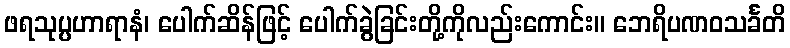
ဖရသုပ္ပဟာရာနံ၊ ပေါက်ဆိန်ဖြင့် ပေါက်ခွဲခြင်းတို့ကိုလည်းကောင်း။ ဘေရိပဏဝသင်္ခတိ